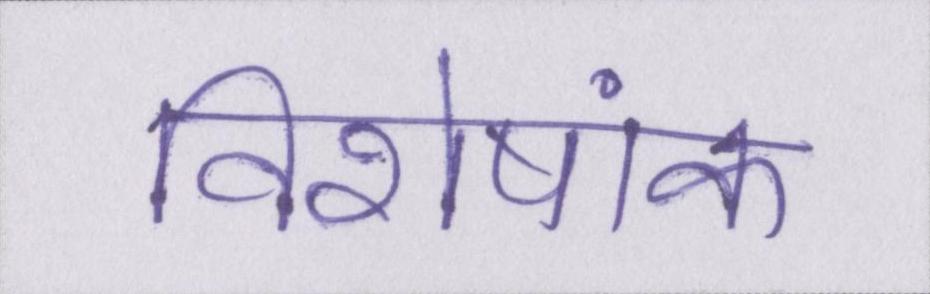
विशेषांक